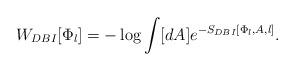
LaTeX: \begin{align*}W_{DBI}[\Phi_l]=-\log\int [dA]e^{-S_{DBI}[\Phi_l,A,l]}.\end{align*}